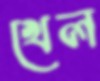
খেল